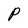
Character: P